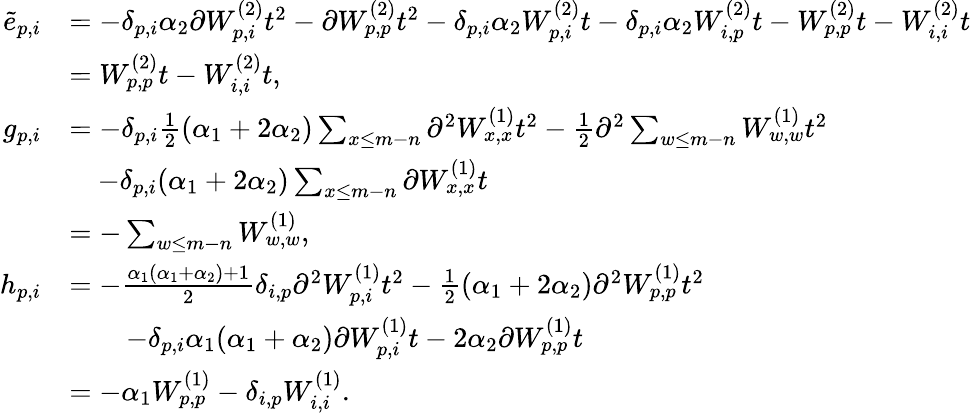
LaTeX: \begin{array}{rl}{\tilde{e}_{p,i}}&{=-\delta_{p,i}\alpha_{2}\partial W_{p,i}^{(2)}t^{2}-\partial W_{p,p}^{(2)}t^{2}-\delta_{p,i}\alpha_{2}W_{p,i}^{(2)}t-\delta_{p,i}\alpha_{2}W_{i,p}^{(2)}t-W_{p,p}^{(2)}t-W_{i,i}^{(2)}t}\\ &{=W_{p,p}^{(2)}t-W_{i,i}^{(2)}t,}\\ {g_{p,i}}&{=-\delta_{p,i}\frac{1}{2}(\alpha_{1}+2\alpha_{2})\sum_{x\leq m-n}\partial^{2}W_{x,x}^{(1)}t^{2}-\frac{1}{2}\partial^{2}\sum_{w\leq m-n}W_{w,w}^{(1)}t^{2}}\\ &{\quad-\delta_{p,i}(\alpha_{1}+2\alpha_{2})\sum_{x\leq m-n}\partial W_{x,x}^{(1)}t}\\ &{=-\sum_{w\leq m-n}W_{w,w}^{(1)},}\\ {h_{p,i}}&{=-\frac{\alpha_{1}(\alpha_{1}+\alpha_{2})+1}{2}\delta_{i,p}\partial^{2}W_{p,i}^{(1)}t^{2}-\frac{1}{2}(\alpha_{1}+2\alpha_{2})\partial^{2}W_{p,p}^{(1)}t^{2}}\\ &{\qquad-\delta_{p,i}\alpha_{1}(\alpha_{1}+\alpha_{2})\partial W_{p,i}^{(1)}t-2\alpha_{2}\partial W_{p,p}^{(1)}t}\\ &{=-\alpha_{1}W_{p,p}^{(1)}-\delta_{i,p}W_{i,i}^{(1)}.}\end{array}